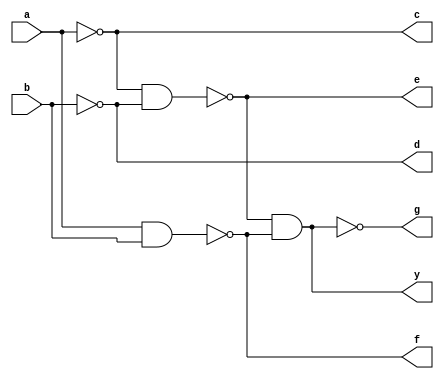
module xorgate(a,b,c,d,e,f,g,y);
input a,b;
output c,d,e,f,g,y;
nand nand1(c,a,a);
nand nand2(d,b,b);
nand nand3(e,c,d);
nand nand4(f,a,b);
nand nand5(g,e,f);
nand nand6(y,g,g); 
endmodule